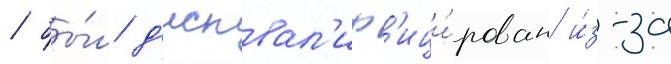
/ бы́л д'исквал'иф'ици́рован и́з-за